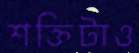
শক্তিটাও